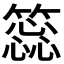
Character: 𥳝